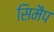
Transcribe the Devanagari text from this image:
सिमैप